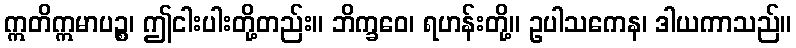
ဣတိဣမာပဉ္စ၊ ဤငါးပါးတို့တည်း။ ဘိက္ခဝေ၊ ရဟန်းတို့။ ဥပါသကေန၊ ဒါယကာသည်။